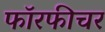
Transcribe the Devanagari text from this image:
फॉरफीचर